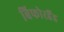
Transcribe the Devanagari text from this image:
बिफोरहैंड